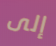
إلى